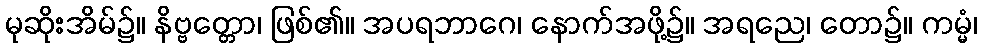
မုဆိုးအိမ်၌။ နိဗ္ဗတ္တော၊ ဖြစ်၏။ အပရဘာဂေ၊ နောက်အဖို့၌။ အရညေ၊ တော၌။ ကမ္မံ၊